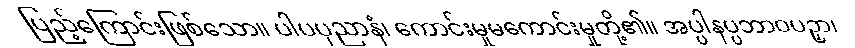
ပြည့်ကြောင်းဖြစ်သော။ ပါပပုညာနံ၊ ကောင်းမှုမကောင်းမှုတို့၏။ အပ္ပါနပ္ပဘာဝပဉှာ၊